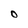
Character: O